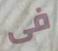
فى